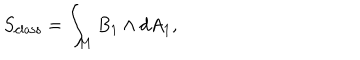
LaTeX: S _ { \mathrm { c l a s s } } = \int _ { M } B _ { 1 } \wedge d A _ { 1 } ,